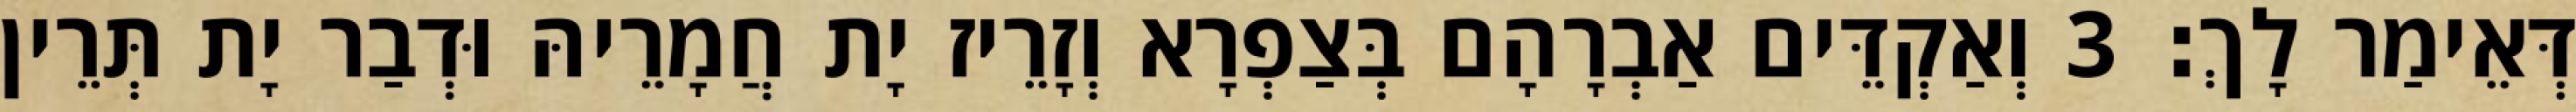
דְּאֵימַר לָךְ׃ 3 וְאַקְדֵּים אַבְרָהָם בְּצַפְרָא וְזָרֵיז יָת חֲמָרֵיהּ וּדְבַר יָת תְּרֵין